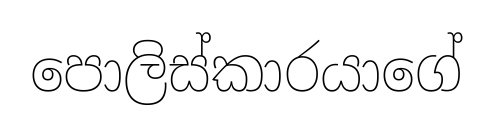
පොලිස්කාරයාගේ